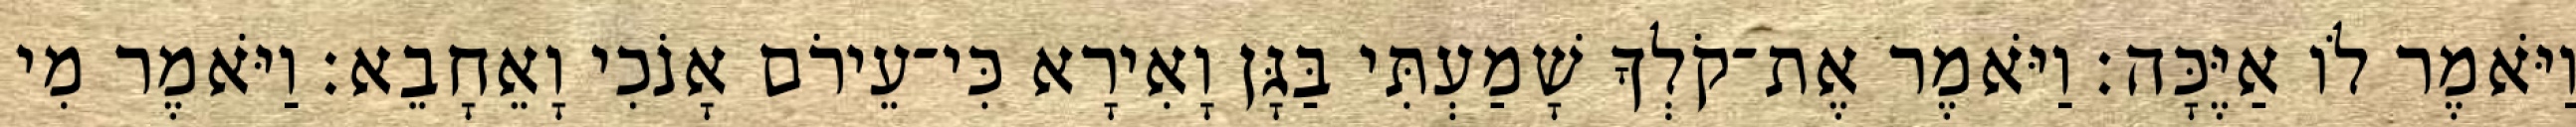
וַיֹּאמֶר לֹו אַיֶּכָּה׃ וַיֹּאמֶר אֶת־קֹלְךָ שָׁמַעְתִּי בַּגָּן וָאִירָא כִּי־עֵירֹם אָנֹכִי וָאֵחָבֵא׃ וַיֹּאמֶר מִי